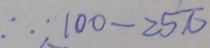
\therefore 1 0 0 - 2 5 \pi